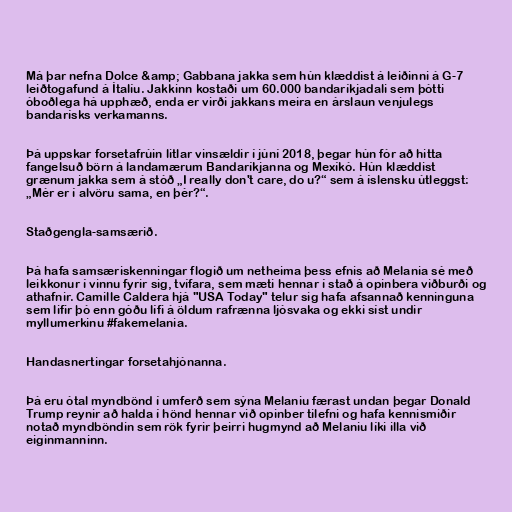
Má þar nefna Dolce &amp; Gabbana jakka sem hún klæddist á leiðinni á G-7
leiðtogafund á Ítalíu. Jakkinn kostaði um 60.000 bandaríkjadali sem þótti
óboðlega há upphæð, enda er virði jakkans meira en árslaun venjulegs
bandarísks verkamanns.

Þá uppskar forsetafrúin litlar vinsældir í júní 2018, þegar hún fór að hitta
fangelsuð börn á landamærum Bandaríkjanna og Mexíkó. Hún klæddist
grænum jakka sem á stóð „I really don't care, do u?“ sem á íslensku útleggst:
„Mér er í alvöru sama, en þér?“.

Staðgengla-samsærið.

Þá hafa samsæriskenningar flogið um netheima þess efnis að Melania sé með
leikkonur í vinnu fyrir sig, tvífara, sem mæti hennar í stað á opinbera viðburði og
athafnir. Camille Caldera hjá "USA Today" telur sig hafa afsannað kenninguna
sem lifir þó enn góðu lífi á öldum rafrænna ljósvaka og ekki síst undir
myllumerkinu #fakemelania.

Handasnertingar forsetahjónanna.

Þá eru ótal myndbönd í umferð sem sýna Melaniu færast undan þegar Donald
Trump reynir að halda í hönd hennar við opinber tilefni og hafa kennismiðir
notað myndböndin sem rök fyrir þeirri hugmynd að Melaniu líki illa við
eiginmanninn.